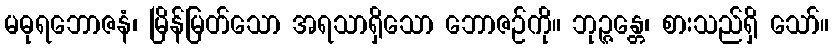
မဓုရဘောဇနံ၊ မြိန်မြတ်သော အရသာရှိသော ဘောဇဉ်ကို။ ဘုဉ္ဇန္တေ၊ စားသည်ရှိ သော်။